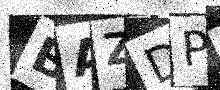
Text: BAZDP3